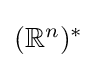
{\textstyle (\mathbb {R} ^{n})^{*}}